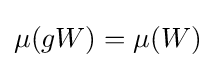
\mu (gW)=\mu (W)